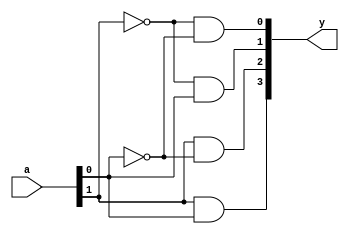
module dec2to4(a,y);
  input [1:0] a; 
  output [3:0] y ;
    assign y[0] = ~a[1] & ~a[0];
    assign y[1] = ~a[1] &  a[0];
    assign y[2] =  a[1] & ~a[0];
    assign y[3] =  a[1] &  a[0];
endmodule